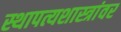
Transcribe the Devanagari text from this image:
स्थापत्यशास्त्रांवर